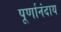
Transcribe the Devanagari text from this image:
पूर्णानंदाय